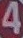
4